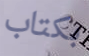
بكتاب